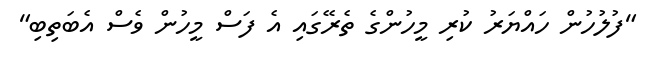
"ފުލުހުން ހައްޔަރު ކުރި މީހުންގެ ތެރޭގައި އެ ފަސް މީހުން ވެސް އެބަތިބި"